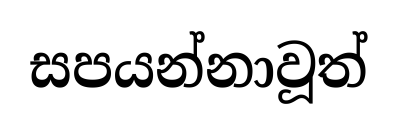
සපයන්නාවූත්